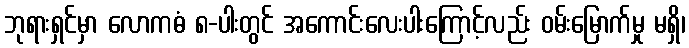
ဘုရားရှင်မှာ လောကဓံ ၈-ပါးတွင် အကောင်းလေးပါးကြောင့်လည်း ဝမ်းမြောက်မှု မရှိ၊